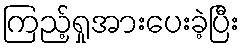
ကြည့်ရှုအားပေးခဲ့ပြီး